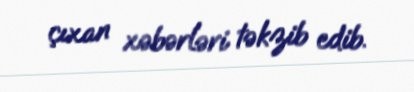
çıxan xəbərləri təkzib edib.